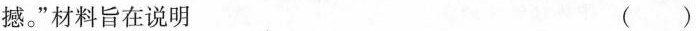
撼。”材料旨在说明 ()